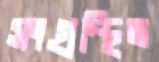
সংগ্রন্থিত